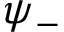
\psi _ { - }